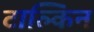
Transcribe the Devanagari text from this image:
टाल्किन